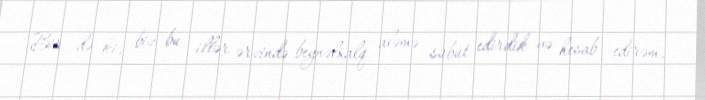
Bir də ki, biz bu illər ərzində beynəlxalq aləmə sübut edirdik və hesab edirəm,